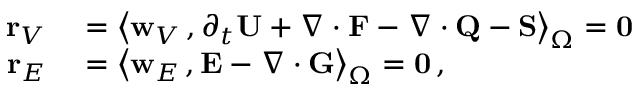
\begin{array} { r l } { { \bf r } _ { V } } & { { } = \big \langle { { \bf w } _ { V } } \, , \partial _ { { t } } { \bf U } + \nabla \cdot { \bf F } - \nabla \cdot { \bf Q } - { \bf S } \big \rangle _ { \Omega } = { \bf 0 } } \\ { { \bf r } _ { E } } & { { } = \big \langle { \bf w } _ { E } \, , { \bf E } - \nabla \cdot { \bf G } \big \rangle _ { \Omega } = { \bf 0 } \, , } \end{array}